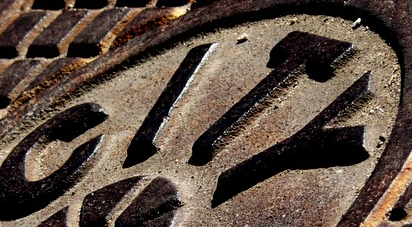
CITY